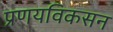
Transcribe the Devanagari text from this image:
प्रणयविकसन